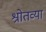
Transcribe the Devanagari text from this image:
श्रोतव्या